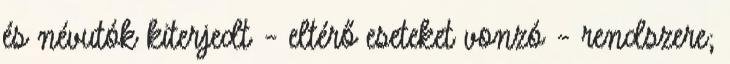
és névutók kiterjedt – eltérő eseteket vonzó – rendszere;